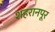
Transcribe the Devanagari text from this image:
शहरानपूर